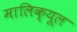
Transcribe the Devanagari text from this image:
मालिक्यूल